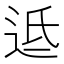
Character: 䢑